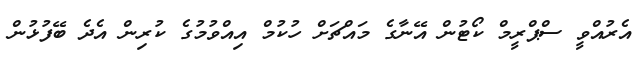
އެރުއްވީ ސްޕްރީމް ކޯޓުން އޭނާގެ މައްޗަށް ހުކުމް އިއްވުމުގެ ކުރިން އެދެ ބޭފުޅުން